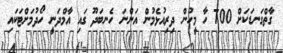
ގާތްގަނޑަކަށް 700 ހާ މީހުން ދިރިއުޅެމުން އަންނަ ހެނބަދޫ ގައި އާމްދަނީ ހޯދުމަށްޓަކައި